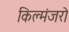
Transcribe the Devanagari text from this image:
किल्मंजरो